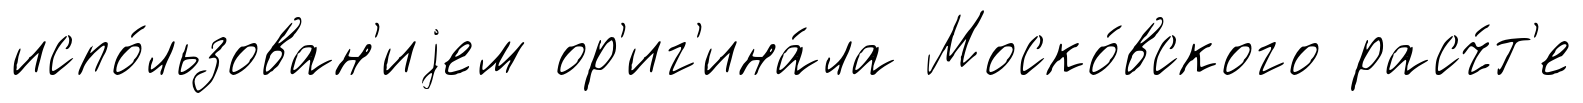
испо́льзован'иjем ор'иг'ина́ла Моско́вского расч́т'е